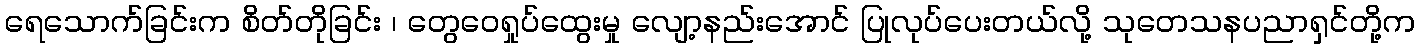
ရေသောက်ခြင်းက စိတ်တိုခြင်း ၊ တွေဝေရှုပ်ထွေးမှု လျော့နည်းအောင် ပြုလုပ်ပေးတယ်လို့ သုတေသနပညာရှင်တို့က